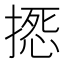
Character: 𢲀